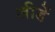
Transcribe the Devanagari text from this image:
लीडें